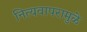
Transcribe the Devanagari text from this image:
नित्यवापरामुळे